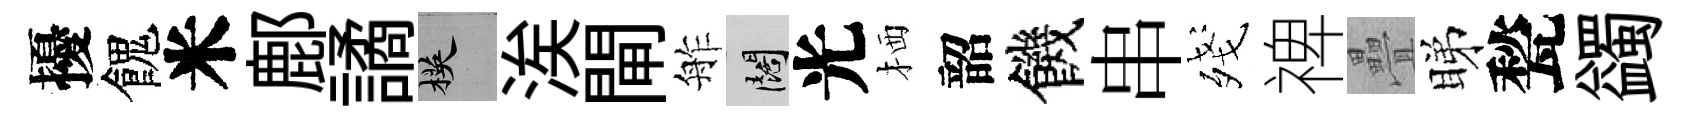
擾餽米鄜譎楧涘閘舴闊光栖韶饑串殘禆疊睇甃蠲